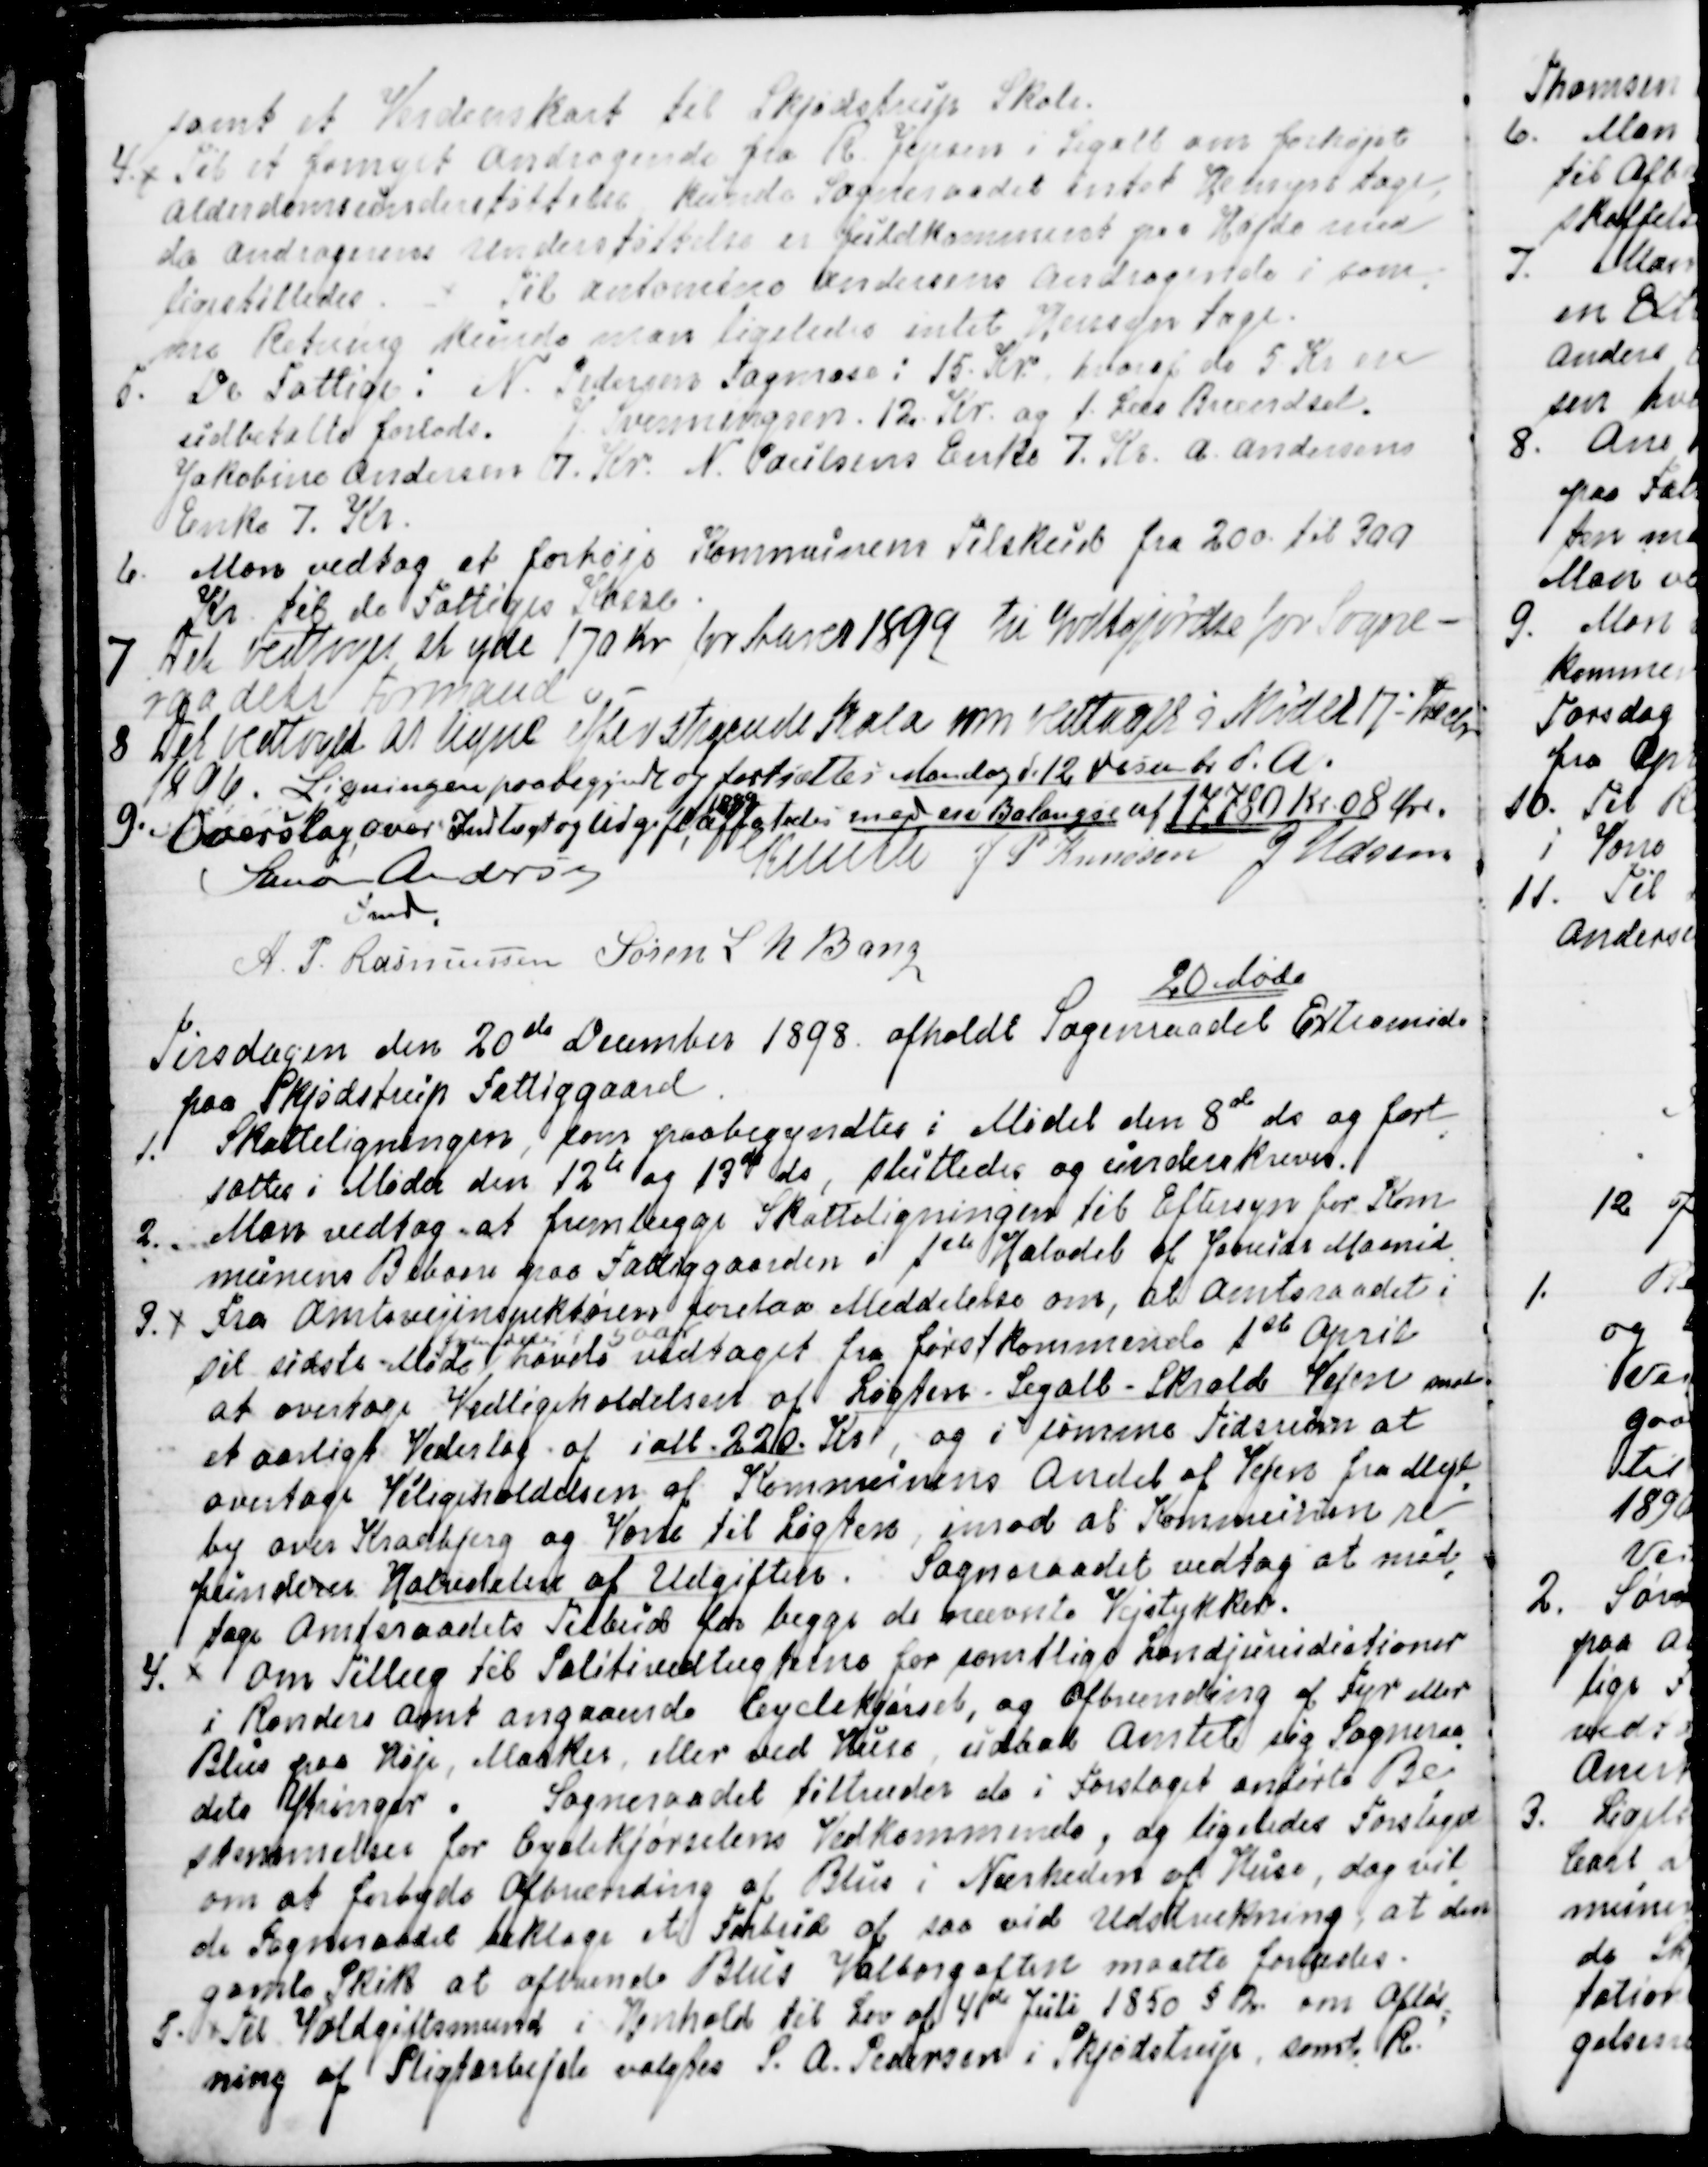
Transskription:
samt et Verdenskort til Skjødstrup Skole.
4
Til et fornyet Andragende fra R. Jepsen i Segalt om forhøjet
Aldersomsunderstøttelse kunde Sogneraadet intet Hensyn tage,
da Andragerens understøttelse er fuldkomment paa Højde med
ligestilledes.
Til Antomine Andersens Andragende i sam
=
me Retning kunde man ligeledes intet Hensyn tage.
5. De Fattige: Niels Pedersen Tagmose: 15. Kr hvoraf de 5. Kroner
udbetaltes forlods. J. Svenningsen 12. Kr og 1. Læs Brændsel.
Jakobine Andersen 7. Kr. N. Poulsens Enke 7. kr. A. Andersens
Enke 7. Kr.
6. Man vedtog at forhøje Kommunens Tilskud fra 200 til 300
Kr. til de Fattiges Kasse.
7
Det Vedtoges at yde 170 Kr for Aaret 1899 til Godtgjørelse for Sogne-
raadets Formand.  
8 Det vedtoges at ligne efter stigende Skala som vedtaget i Mødet 17 - Decbr
1896. Ligningen paabegyndtes og fortsættes Mandag d. 12 December d.A.
9. Overslag over Indtægt og Udgift, 
1898
affattedes med en Balangse af 17.780 Kr 08 Øre.
Simon Andersen
Fmd.
Knuth
J P Knudsen
J Udsen
A. P. Rasmussen
Søren L N Bang

20. Møde
Tirsdagen den 20de December 1898 afholdt Sogneraadet Extramøde
paa Skjødstrup Fatiggaard.
1. Skatteligningen, som paabegyndtes i Mødet den 8de ds og fort
=
sattes i Møder den 12te og 13de ds, sluttedes og underskreves.
2. Man vedtog at fremlægge Skatteligningen til Eftersyn for Kom
=
munens Beboere paa Fattiggaarden i 1ste Halvdel af Januar Maaned.
3.
Fra Amtsvejinspektøren forelaa Meddelelse om, at Amtsraadet i
sit sidste Møde 
fremdeles i 5 Aar
havde vedtaget fra førstkommende 1ste April
at overtage Vedligeholdelsen af Løgten - Segalt - Skrald Vejen mod
et aarligt Vederlag af ialt 220 Kr, og i samme Tidsrum at
overtage Vedligeholdelsen af Kommunens Andel af Vejen fra Mejl
=
by over Kradbjerg og Vorre til Løgten , imod at Kommunen re
=
funderer Halvdelen af Udgiften.  Sogneraadet vedtog at mod
=
tage Amtsraadets Tilbud for begge de ovennævnte Vejstykker.
4.
Om Tillæg til Politivedtægterne for samtlige Landjurisdictioner
i Randers Amt angaaende Cyclekjørsel, og Afbrænding af Fyr eller
Blus paa Høje, Marker, eller ved Huse, udbad Amtet sig Sogneraa
=
dets Ytringer. Sogneraadet tiltræder de i Forslaget anførte Be
=
stemmelser for Cyclekjørslens Vedkommende, og ligeledes Forslaget
om at forbyde Afbrænding af Blus i Nærheden af Huse, dog vil
=
de Sogneraadet beklage et Forbud af saa vid Udstrækning, at den
gamle Skik at afbrænde Blus Valborgaften maatte forlades.
5. Til Voldgiftsmand i Henhold til Lov af 4de Juli 1850 § 2. om Afløn
=
ning af Pligtarbejde valgtes S. A. Pedersen i Skjødstrup, samt R.